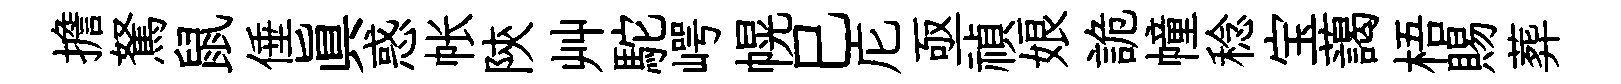
擔駑鼠倕眞惑帐陝艸駝崿幌巳庀亟禎娘詭幢稔宝藹梧賜葬